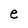
Character: e